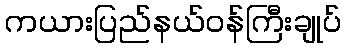
ကယားပြည်နယ်ဝန်ကြီးချုပ်